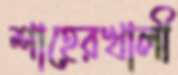
শাহেরখালী